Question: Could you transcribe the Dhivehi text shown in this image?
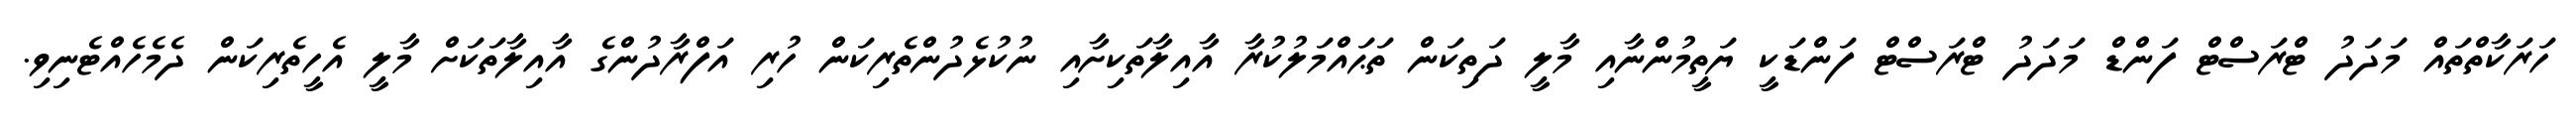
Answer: ހަރަކާތްތައް މަދަދު ޓްރަސްޓް ފަންޑް މަދަދު ޓްރަސްޓް ފަންޑަކީ ޔަތީމުންނާއި މާލީ ދަތިކަން ތަޙައްމަލުކުރާ އާއިލާތަކިށާއި ނުކުޅެދުންތެރިކަން ހުރި އަފްރާދުންގެ އާއިލާތަކަށް މާލީ އެހީތެރިކަން ދެމެހެއްޓެނިވި.